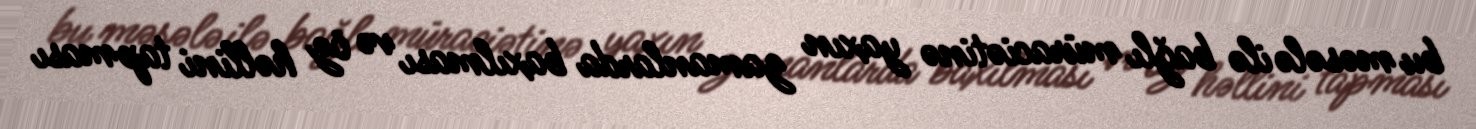
bu məsələ ilə bağlı müraciətinə yaxın zamanlarda baxılması və öz həllini tapması